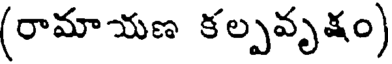
(రామాయణ కల్పవృక్షం)